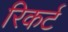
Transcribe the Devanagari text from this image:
रिकर्ट